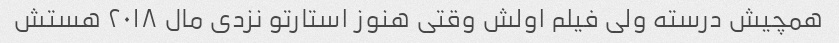
همچیش درسته ولی فیلم اولش وقتی هنوز استارتو نزدی مال ۲۰۱۸ هستش